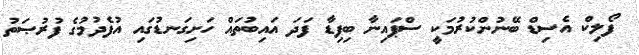
ފޯލިކް އެސިޑް ބޭނުންކުރުމަކީ ސްޕައިނާ ބިފިޑާ ފަދަ އައިބުތައް ހަށިގަނޑުގައި އުފެދުމުގެ ފުރުޞަތު